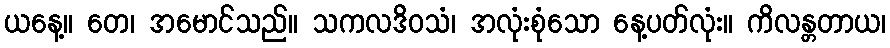
ယနေ့။ တေ၊ အမောင်သည်။ သကလဒိဝသံ၊ အလုံးစုံသော နေ့ပတ်လုံး။ ကိလန္တတာယ၊